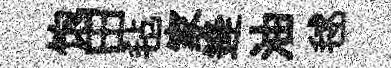
饱田毡家逄油毬